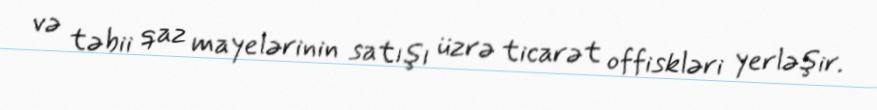
və təbii qaz mayelərinin satışı üzrə ticarət offiskləri yerləşir.